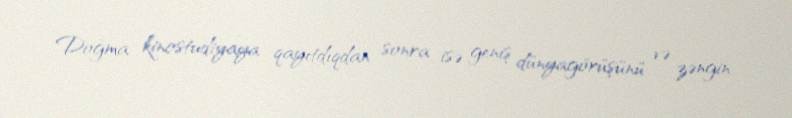
Doğma kinostudiyaya qayıtdıqdan sonra isə geniş dünyagörüşünü və zəngin